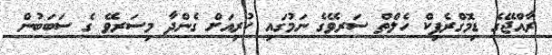
ރާއްޖޭގެ ޑިމޮގްރެފިކް ހެލްތް ސަރވޭގެ ނަމުގައި ކުރިއަށް ގެންދާ މިސަރވޭ ގެ ސަބަބުން